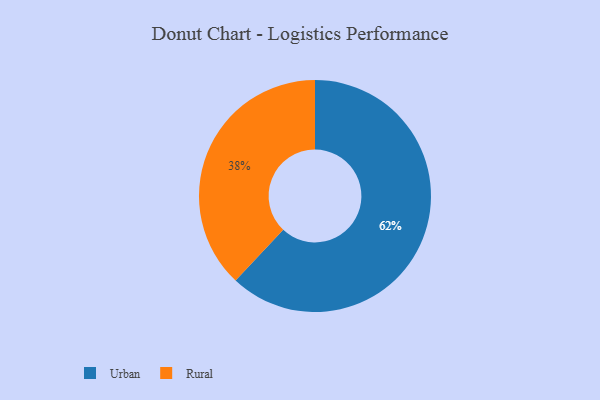
{"axis": {"x": "Category", "y": "Percentage"}, "legend": ["Rural", "Urban"], "data": [{"x": "Urban", "y": 62, "type": "Urban"}, {"x": "Rural", "y": 38, "type": "Rural"}]}